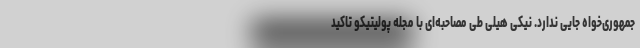
جمهوری‌خواه جایی ندارد. نیکی هیلی طی مصاحبه‌ای با مجله پولیتیکو تاکید